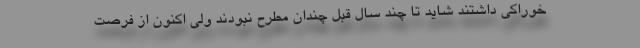
خوراکی داشتند شاید تا چند سال قبل چندان مطرح نبودند ولی اکنون از فرصت